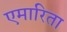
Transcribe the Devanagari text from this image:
एमारिता